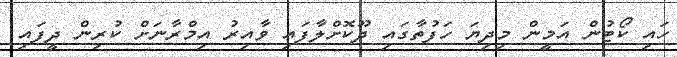
ހައި ކޯޓުން އަމީން މިދިޔަ ހަފުތާގައި ދޫކޮށްލާފައި ވާއިރު އިމްރާނަށް ކުރިން ދީފައި